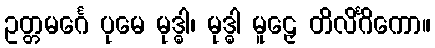
ဥတ္တမင်္ဂေ ပုမေ မုဒ္ဓါ၊ မုဒ္ဓါ မူဠှေ တိလိင်္ဂိကော။